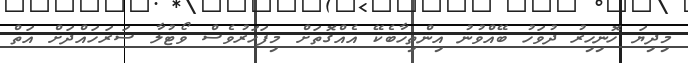
މިދިޔަ ހޮނިހިރު ދުވަހު ބޭއްވުނު އިންތިހާބެކޭ އެއްގޮތަށް މިފަހަރުވެސް ވޯޓުލާ ސަރަހައްދަށް އަތް